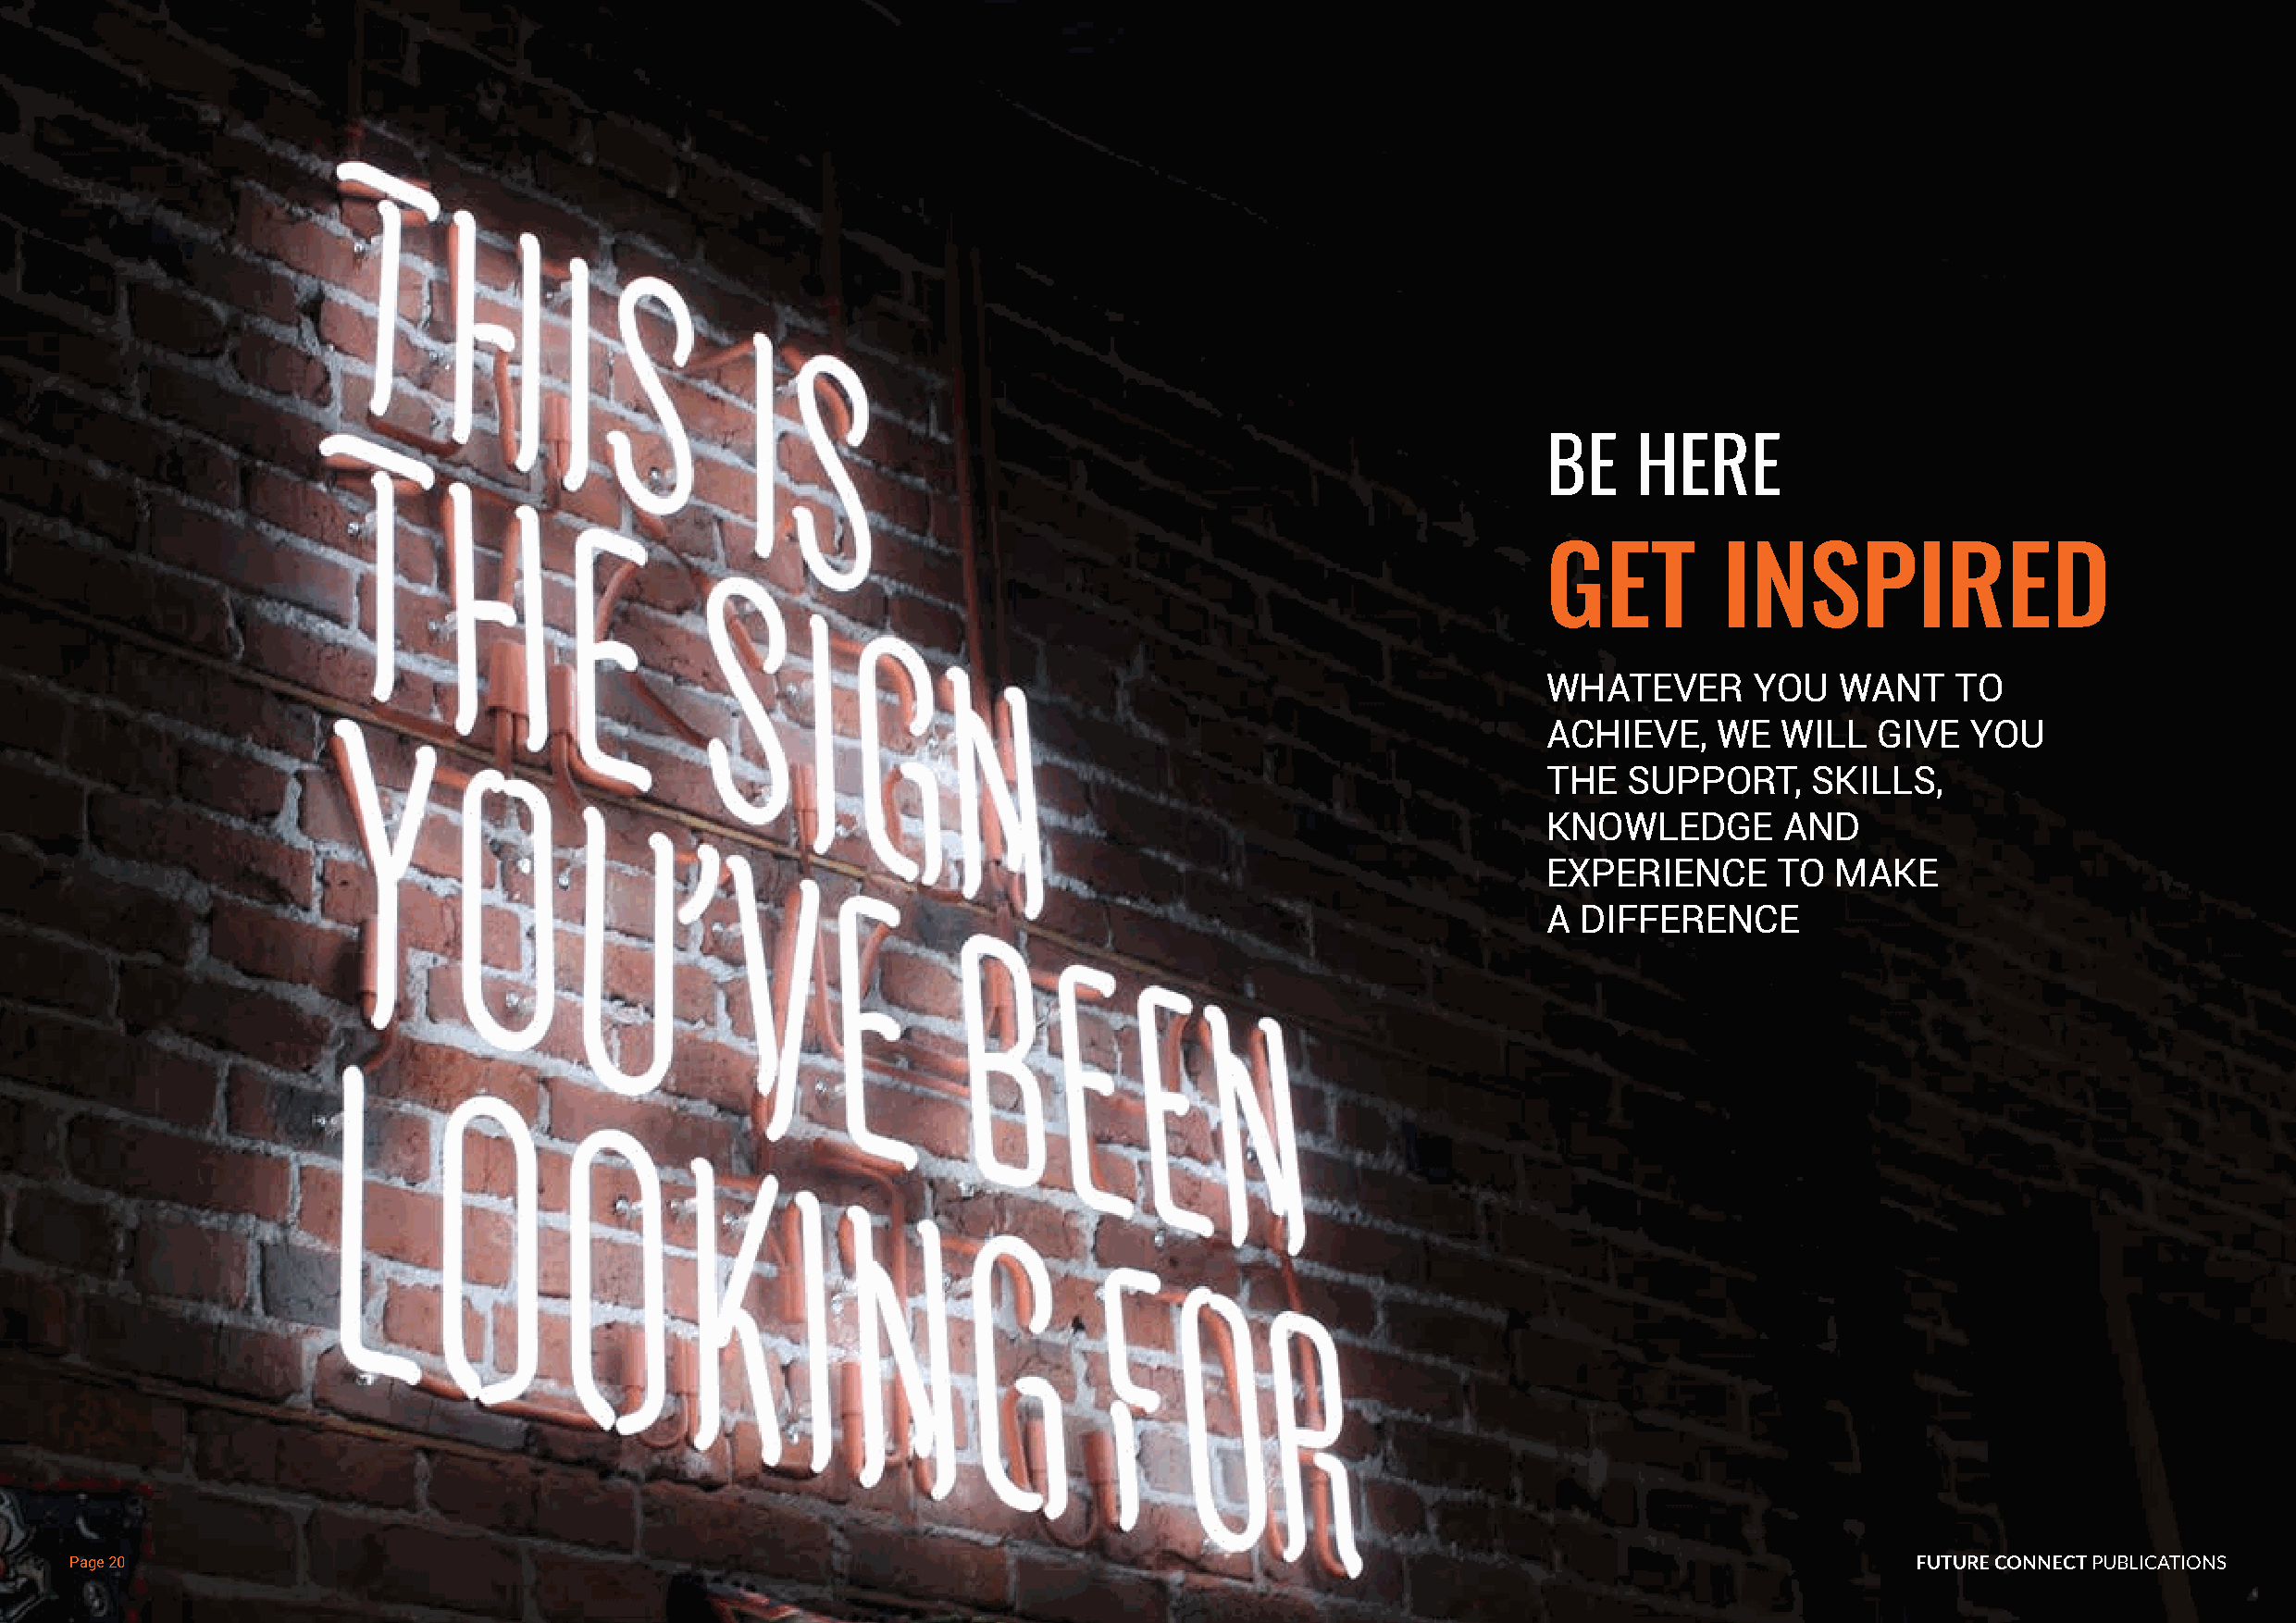
BE    HERE
 GET         INSPIRED
 WHATEVER      YOU    WANT    TO
 ACHIEVE,    WE  WILL   GIVE   YOU
 THE  SUPPORT,      SKILLS,
 KNOWLEDGE        AND
 EXPERIENCE      TO  MAKE
 A DIFFERENCE
 Page 20                                                                                                                             FFUUTTUURREE CCOONNNNEECCTT PPUUBBLLIICCAATTIIOONNSS